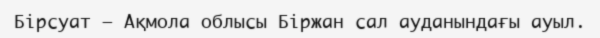
Бірсуат – Ақмола облысы Біржан сал ауданындағы ауыл.